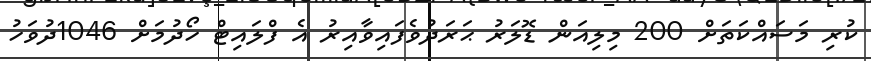
ކުރި މަސައްކަތަށް 200 މިލިއަން ޑޮލަރު ޙަރަދުވެފައިވާއިރު އެ ފްލައިޓް ހޯދުމަށް 1046ދުވަހު